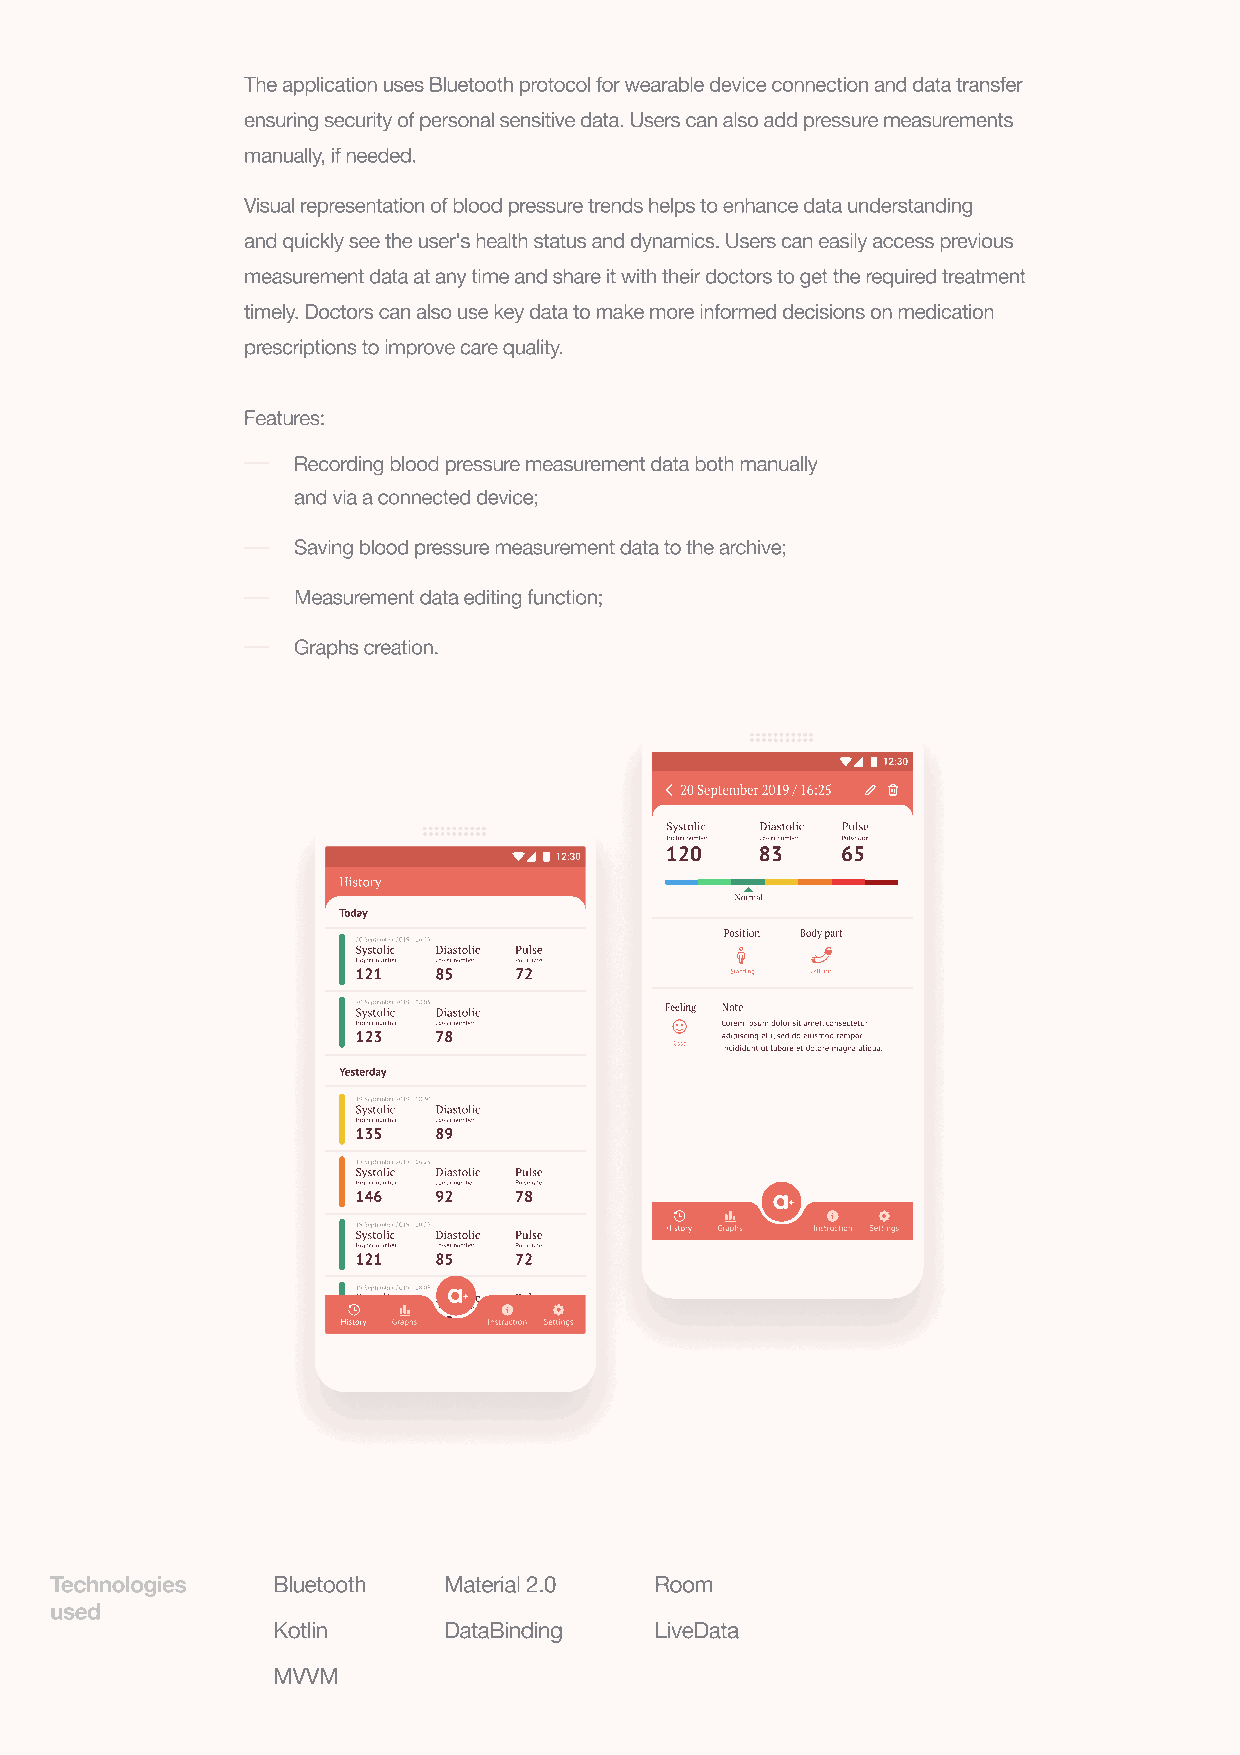
The application uses Bluetooth protocol for wearable device connection and data transfer
 ensuring security of personal sensitive data. Users can also add pressure measurements
 manually, if needed.
 Visual representation of blood pressure trends helps to enhance data understanding
 and quickly see the user's health status and dynamics. Users can easily access previous
 measurement data at any time and share it with their doctors to get the required treatment
 timely. Doctors can also use key data to make more informed decisions on medication
 prescriptions to improve care quality.
 Features:
 Recording blood pressure measurement data both manually
 and via a connected device;
 Saving blood pressure measurement data to the archive;
 Measurement data editing function;
 Graphs creation.
 Technologies   Bluetooth  Material 2.0
 Room
 used
 Kotlin     DataBinding   LiveData
 MVVM